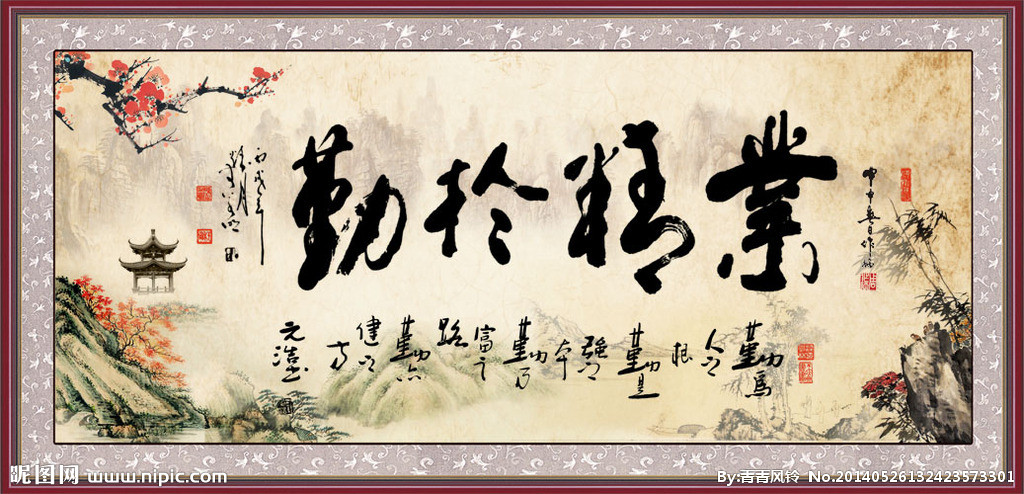
不学自知，不问自晓，古今行事，未之有也。